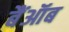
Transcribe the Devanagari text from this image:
बैंऑब